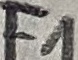
Text: F1